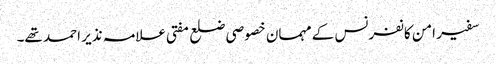
سفیر امن کانفرنس کے مہمان خصوصی ضلع مفتی علامہ نذیر احمد تھے۔